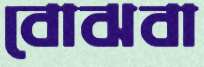
বোঝবা